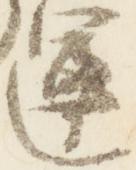
運